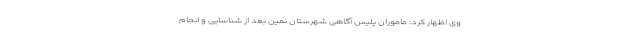
وی اظهار کرد: ماموران پلیس آگاهی شهرستان نمین بعد از شناسایی و انجام